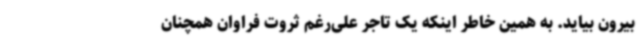
بیرون بیاید. به همین خاطر اینکه یک تاجر علی‌رغم ثروت فراوان همچنان